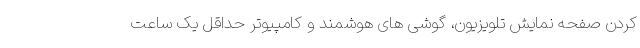
کردن صفحه نمایش تلویزیون، گوشی های هوشمند و کامپیوتر حداقل یک ساعت